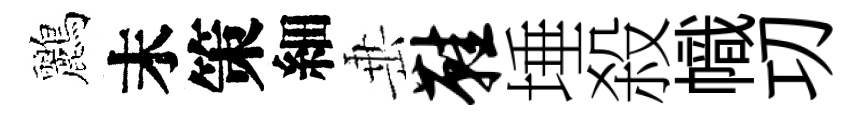
鸝末策細𡸁鞋埵殺幟㓛